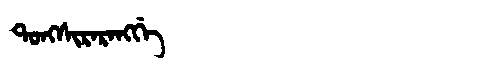
Manchu: ᡨᠣᠩᠰᡳᡵᠠᡵᠠᠩᡤᡝ
Romanization: TONGSIRARANGGE